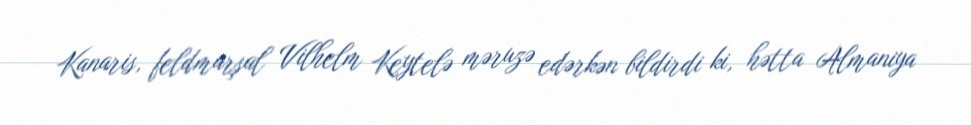
Kanaris, feldmarşal Vilhelm Keytelə məruzə edərkən bildirdi ki, hətta Almaniya